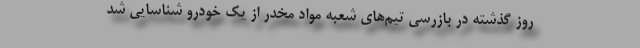
روز گذشته در بازرسی تیم‌های شعبه مواد مخدر از یک خودرو شناسایی شد